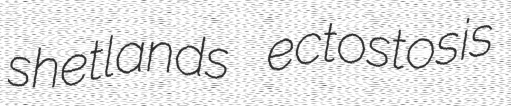
shetlands ectostosis